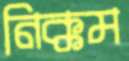
নিক্কম